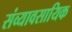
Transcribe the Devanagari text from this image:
संव्यावसायिक